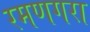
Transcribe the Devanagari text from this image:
रमणगरा